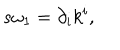
s \omega _ { 1 } = \partial _ { i } k ^ { i } ,